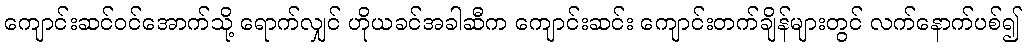
ကျောင်းဆင်ဝင်အောက်သို့ ရောက်လျှင် ဟိုယခင်အခါဆီက ကျောင်းဆင်း ကျောင်းတက်ချိန်များတွင် လက်နောက်ပစ်၍